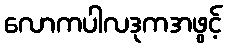
လောကပါလဒုကအဖွင့်